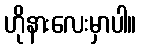
ဟိုနားလေးမှာပါ။